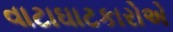
વાટાઘાટકારોએ